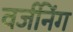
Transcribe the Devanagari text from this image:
वर्जनिंग